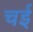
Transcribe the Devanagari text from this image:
चई